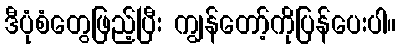
ဒီပုံစံတွေဖြည့်ပြီး ကျွန်တော့်ကိုပြန်ပေးပါ။